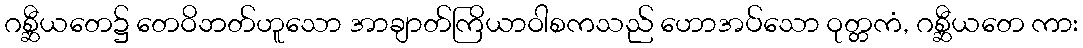
ဂစ္ဆီယတေ၌ တေဝိဘတ်ဟူသော အာချာတ်ကြိယာဝါစကသည် ဟောအပ်သော ဝုတ္တကံ, ဂစ္ဆီယတေ ကား